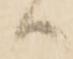
ハ